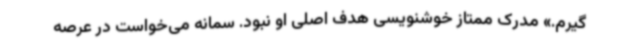
‌گیرم.» مدرک ممتاز خوشنویسی هدف اصلی او نبود. سمانه می‌خواست در عرصه